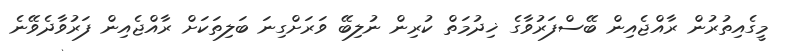
މީގެއިތުރުން ރާއްޖެއިން ބޭސްފަރުވާގެ ޚިދުމަތް ކުރިން ނުލިބޭ ވަރަށްގިނަ ބަލިތަކަށް ރާއްޖެއިން ފަރުވާދެވޭނެ